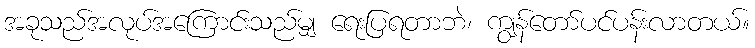
အခုသည်အလုပ်အကြောင်းသည်မျှ ရေးပြရတာဘဲ၊ ကျွန်တော်ပင်ပန်းလာတယ်။